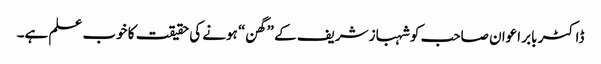
ڈاکٹر بابر اعوان صاحب کو شہباز شریف کے ”گھن“ ہونے کی حقیقت کا خوب علم ہے۔